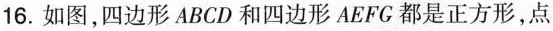
16.如图，四边形ABCD和四边形AEFG都是正方形，点